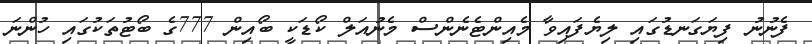
ފެނުނު ފިޔަގަނޑުގައި ލިޔެފައިވާ މެއިންޓެނެންސް މެނުއަލް ކޯޑަކީ ބޯއިން 777ގެ ބޯޓުތަކުގައި ހުންނަ